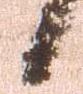
日